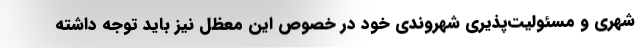
شهری و مسئولیت‌پذیری شهروندی خود در خصوص این معظل نیز باید توجه داشته